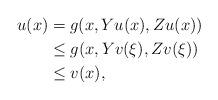
LaTeX: \begin{align*} u(x) &= g(x,Yu (x),Zu(x))\\ &\leq g(x,Yv (\xi),Zv(\xi))\\ &\leq v(x), \end{align*}